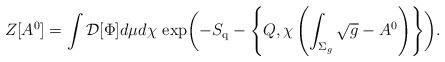
LaTeX: \begin{align*}Z[A^{0}] = \int {\cal D}[\Phi]d\mu d\chi \, \exp \biggl( -S_{{\rm q}} -\left\{ Q, \chi\left( \int_{\Sigma_{g}}\sqrt{g} - A^{0} \right) \right\}\biggr).\end{align*}